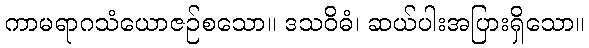
ကာမရာဂသံယောဇဉ်စသော။ ဒသဝိဓံ၊ ဆယ်ပါးအပြားရှိသော။